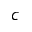
c